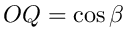
O Q = \cos \beta